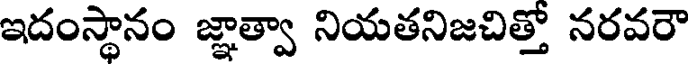
ఇదంస్థానం జ్ఞాత్వా నియతనిజచిత్తో నరవరౌ